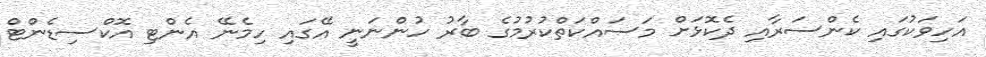
އަހިވަކުގައި ކެންސަރާއި ދެކޮޅަށް މަސައްކަތްކުރުމުގެ ބާރު ހުންނަނީ އޭގައި ހިމެނޭ އެންޓި އޮކްސިޑެންޓް